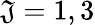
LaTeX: \mathfrak{J}=1,3